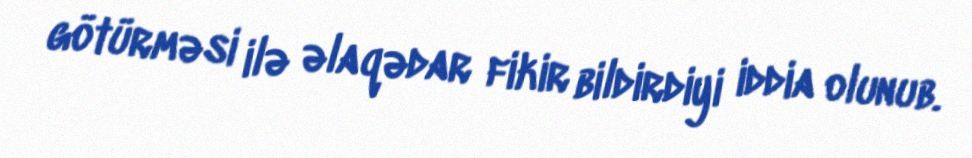
götürməsi ilə əlaqədar fikir bildirdiyi iddia olunub.